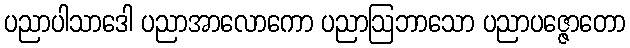
ပညာပါသာဒေါ ပညာအာလောကော ပညာဩဘာသော ပညာပဇ္ဇောတော